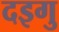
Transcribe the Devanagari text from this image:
दइगु